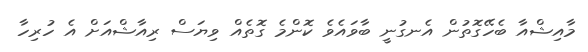
މާއިޝްއާ ބެހޭގޮތުން އެނގުނީ ބާވައެވެ ކޮންމެ ގޮތެއް ވިޔަސް ރިއާޝްއަށް އެ ހުރިހާ